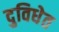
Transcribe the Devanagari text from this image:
दुविधेत